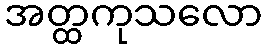
အတ္ထကုသလော